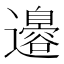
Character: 𮟣